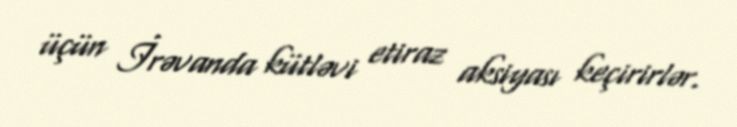
üçün İrəvanda kütləvi etiraz aksiyası keçirirlər.